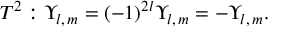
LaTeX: T ^ { 2 } : \Upsilon _ { l , \, m } = ( - 1 ) ^ { 2 l } \Upsilon _ { l , \, m } = - \Upsilon _ { l , \, m } .